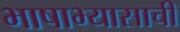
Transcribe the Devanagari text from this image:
भाषाभ्यासाची